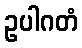
ဥပါဂတံ